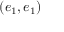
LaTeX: ( e _ { 1 } , e _ { 1 } )